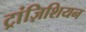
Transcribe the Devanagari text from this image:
ट्रांज़िशियन